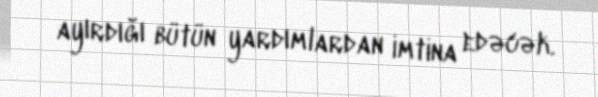
ayırdığı bütün yardımlardan imtina edəcək.